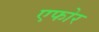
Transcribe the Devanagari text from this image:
एफोर